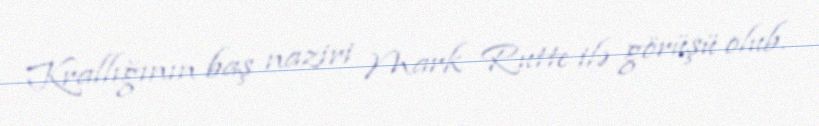
Krallığının baş naziri Mark Rutte ilə görüşü olub.